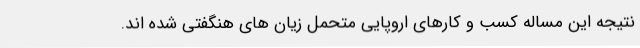
نتیجه این مساله کسب و کارهای اروپایی متحمل زیان های هنگفتی شده اند.